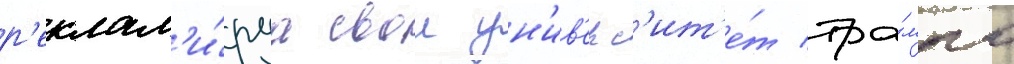
р'еклам'и́руа свои ун'ив'ерс'ит'е́т тра́мпа